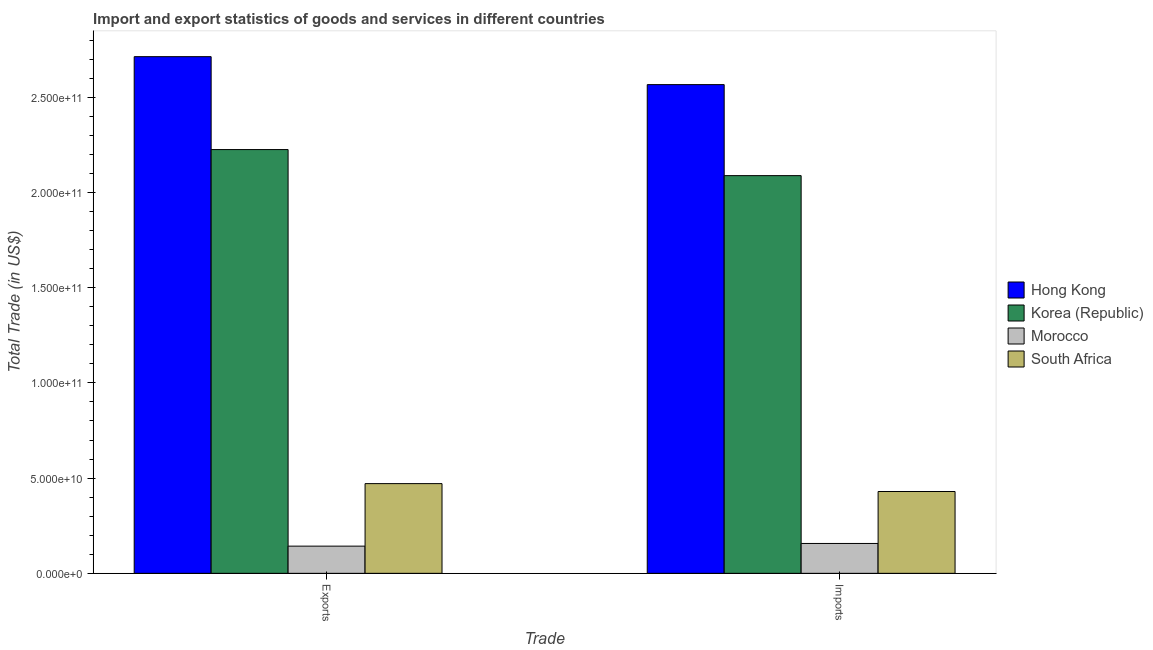
| Trade | Hong Kong | Korea (Republic) | Morocco | South Africa |
 | --- | --- | --- | --- | --- |
 | Exports | 2.71e+11 | 2.23e+11 | 1.43e+10 | 4.71e+10 |
 | Imports | 2.57e+11 | 2.09e+11 | 1.57e+10 | 4.3e+10 |